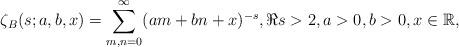
LaTeX: \begin{align*}\zeta_B(s;a,b,x)=\sum_{m,n=0}^\infty(am+bn+x)^{-s}, \Re s>2, a>0, b>0, x\in\Bbb R,\end{align*}